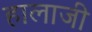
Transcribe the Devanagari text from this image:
हालाजी